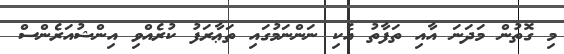
މި ގޮތުން މަދަނަ އާއި ތަފާތު އެކި ނަންނަމުގައި ތަޢާރަފު ކުރެއްވި އިންޝުއަރެންސް